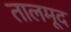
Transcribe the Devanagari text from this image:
तालमूद